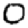
Digit: 0